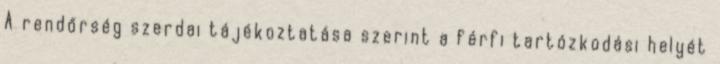
A rendőrség szerdai tájékoztatása szerint a férfi tartózkodási helyét